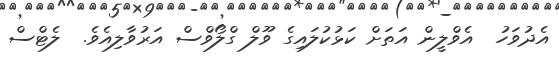
އެދުވަހު  އެވްލީން އަތަށް ކަޅުކުލައިގެ ވޫލް ގްލޯވްސް އަރުވާލިއެވެ.  ލެޓްސް